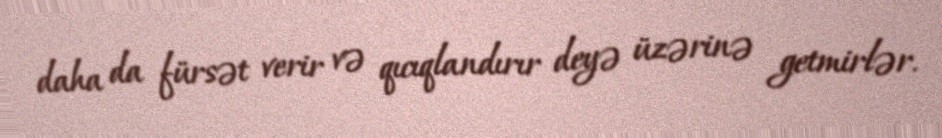
daha da fürsət verir və qıcıqlandırır deyə üzərinə getmirlər.